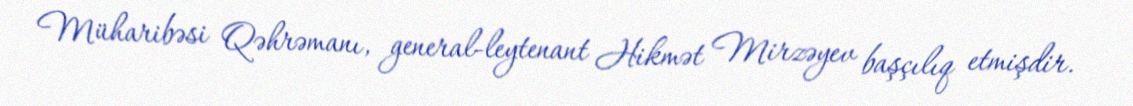
Müharibəsi Qəhrəmanı, general-leytenant Hikmət Mirzəyev başçılıq etmişdir.